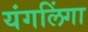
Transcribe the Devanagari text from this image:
यंगलिंगा